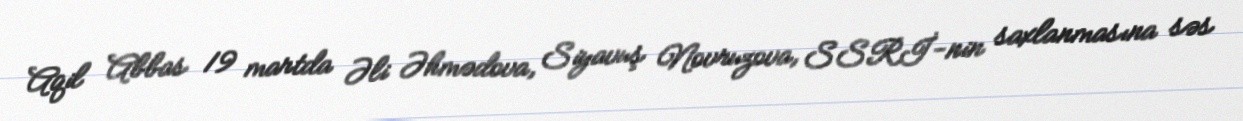
Aqil Abbas 19 martda Əli Əhmədova, Siyavuş Novruzova, SSRİ-nin saxlanmasına səs